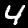
Label: 4